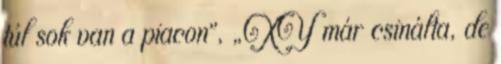
túl sok van a piacon”, „XY már csinálta, de